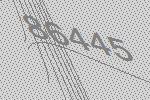
86445